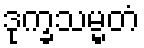
ဒုက္ခသမ္မတံ